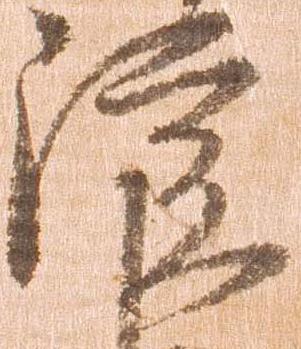
院